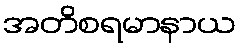
အတိစရမာနာယ